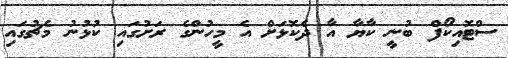
ސްޓޮއިކޯފް ބުނީ ކާޔާ އާ ދެކޮޅަށް އެ މީހުންގެ ރަށުގައި ކުޅުނު މެޗުގައި